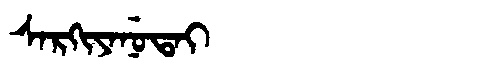
Manchu: ᠰᠠᡵᡴᡳᠶᠠᠨᡠᡨᠠᡳ
Romanization: SARKIYANUTAI